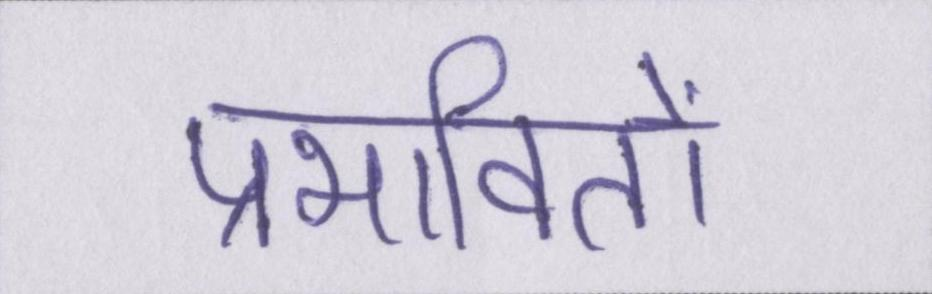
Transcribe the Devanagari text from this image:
प्रभावितों